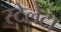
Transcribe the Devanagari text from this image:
स्टेलेटा